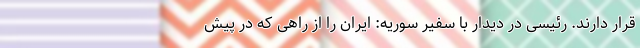
قرار دارند. رئیسی در دیدار با سفیر سوریه: ایران را از راهی که در پیش